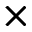
\times